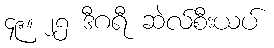
၄၉။ ၂၅ ဒီဂရီ ဆဲလ်စီးယပ်